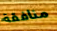
منافقة